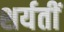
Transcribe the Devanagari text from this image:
शर्यतीं